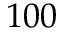
1 0 0